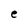
Character: e